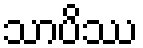
သာပိဿ